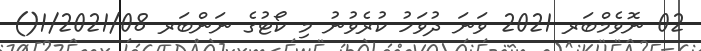
02 ނޮވެމްބަރ 2021 ވަނަ ދުވަހު ކުރެވުނު މި ކޯޓުގެ ނަންބަރ 1/2021/08()